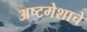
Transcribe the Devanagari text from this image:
अष्टमेशाचे